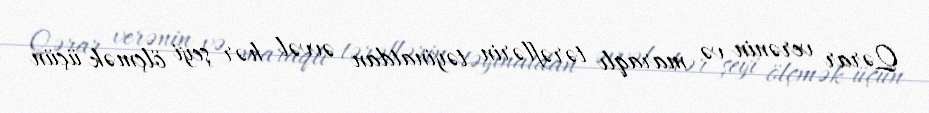
Qərar verənin və maraqlı tərəflərin təyinatdan əvvəl hər şeyi ölçmək üçün